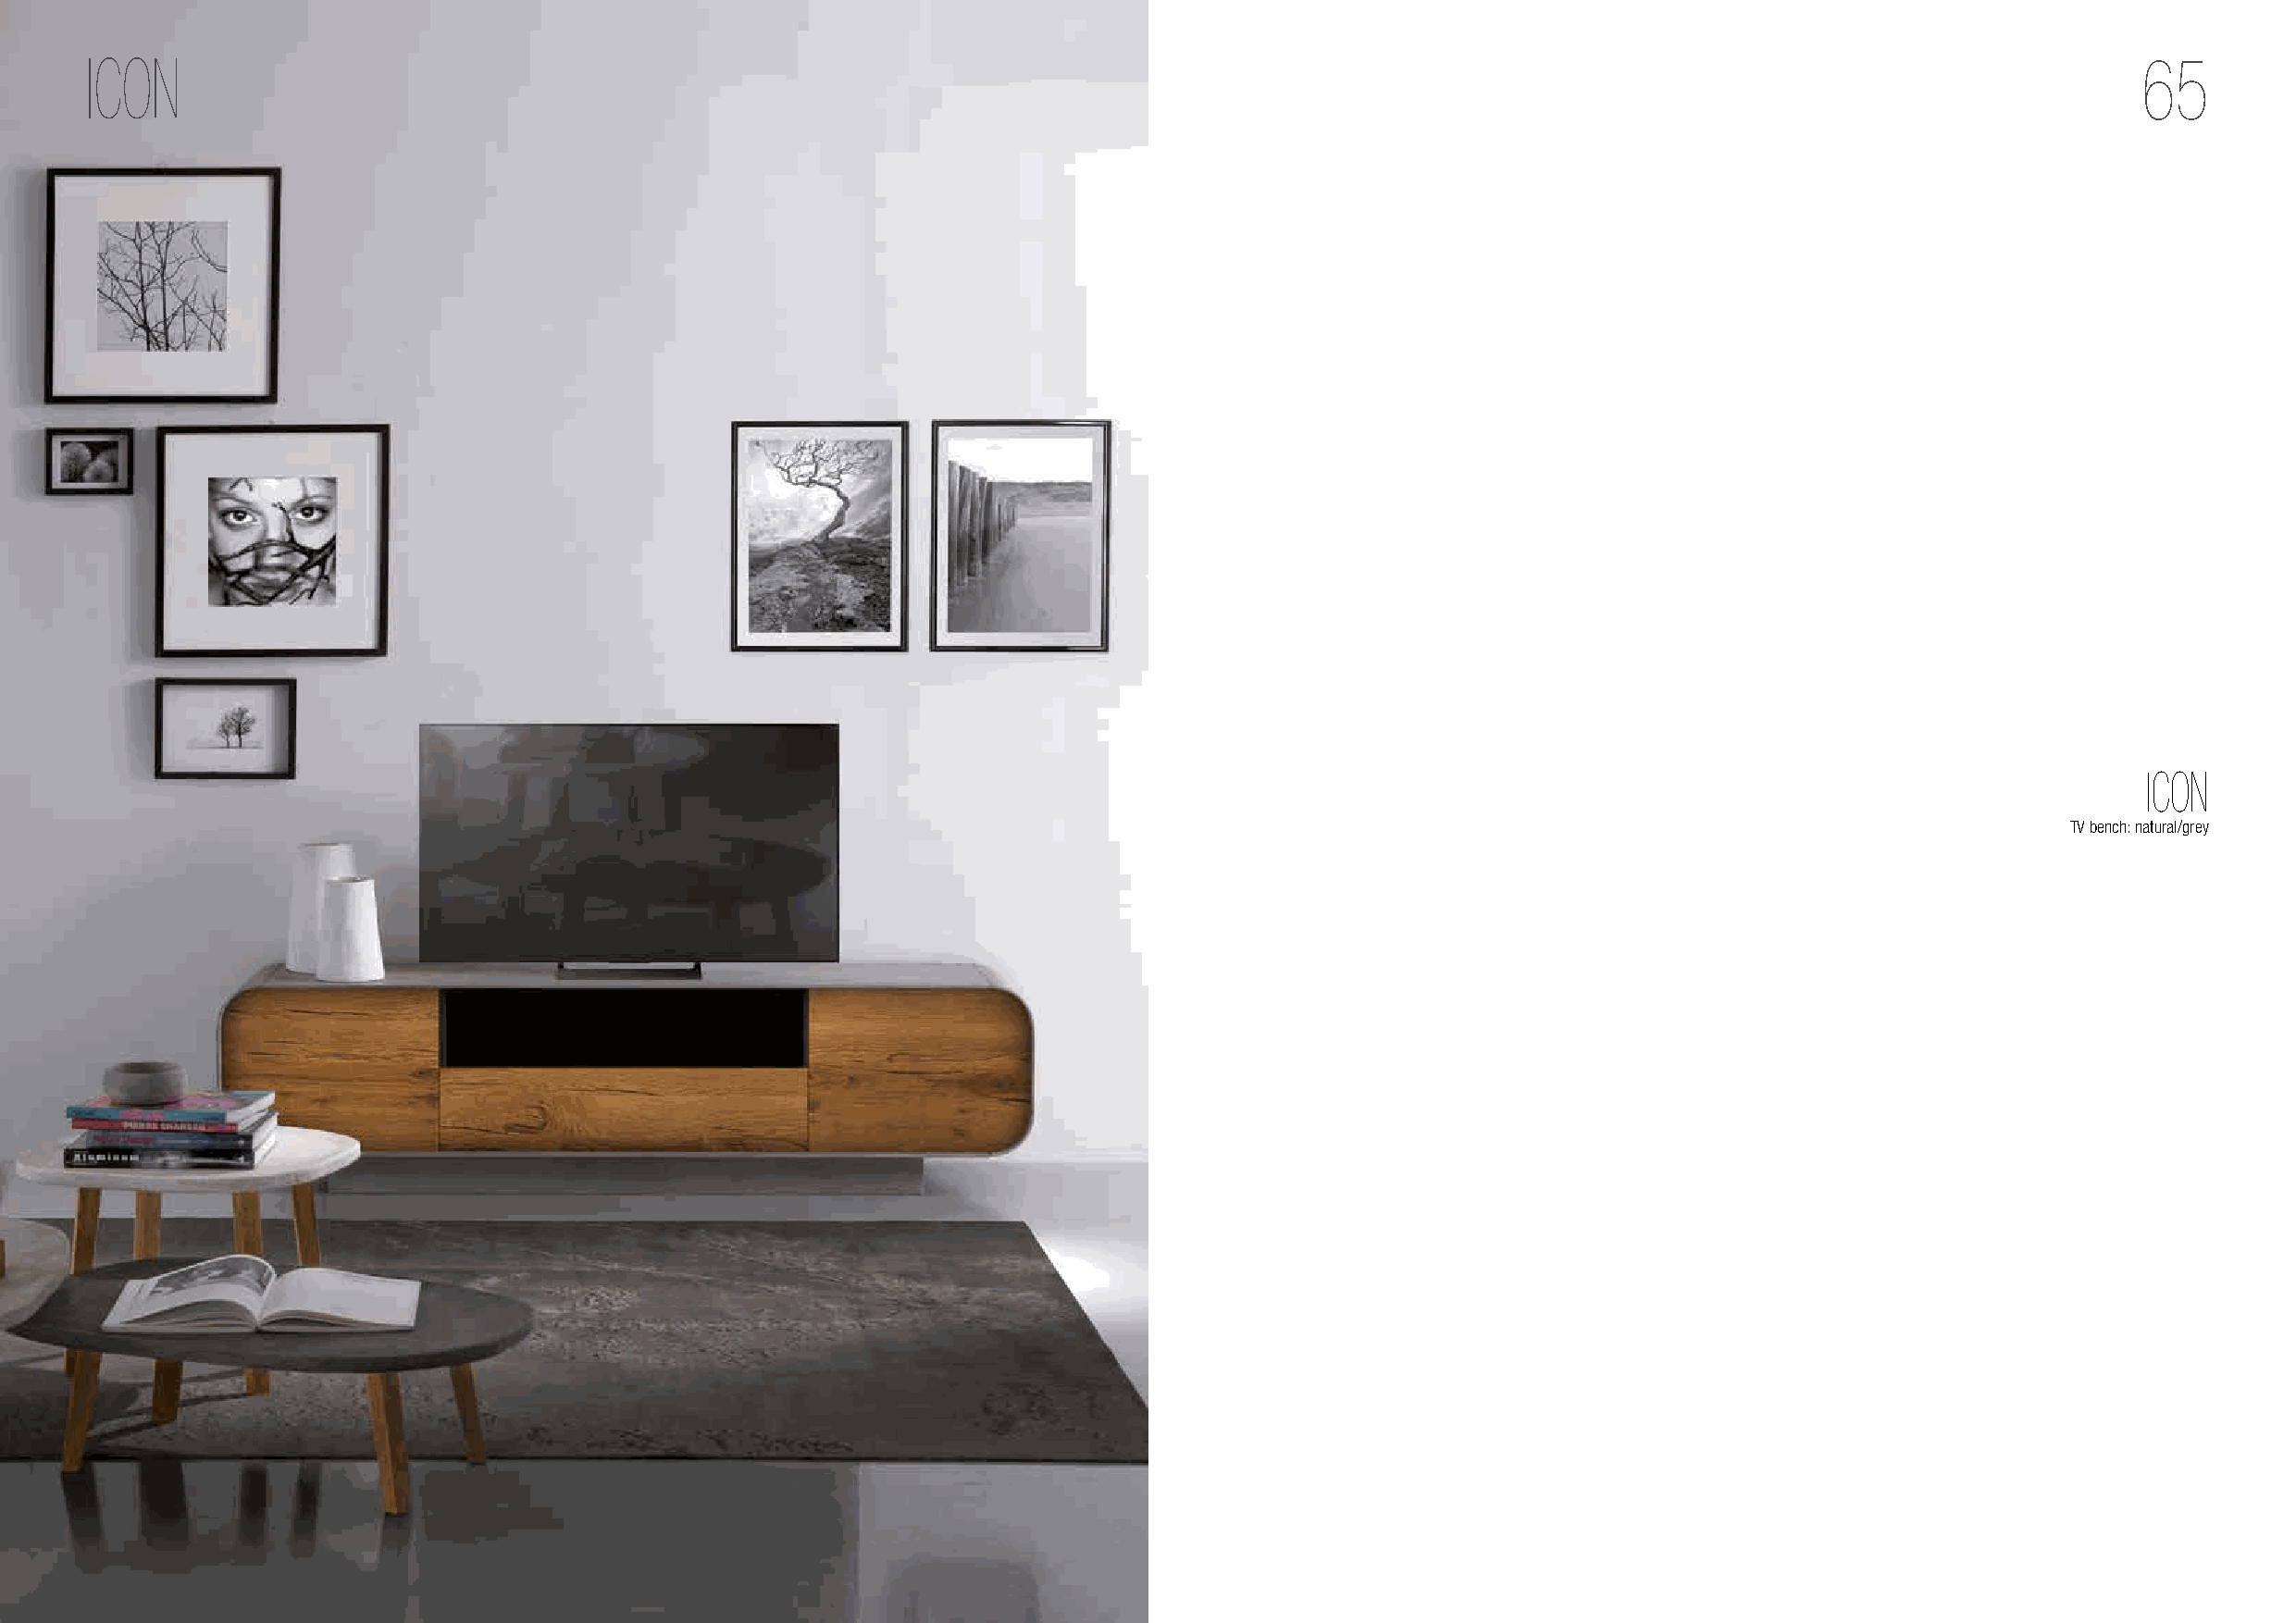
ICON                                                                                                                                               65
 ICON
 TV bench: natural/grey